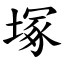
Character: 塚